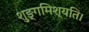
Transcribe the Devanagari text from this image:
शुङ्गमिश्यति।